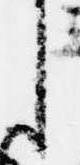
え